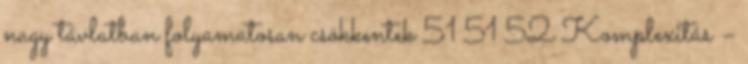
nagy távlatban folyamatosan csökkentek 51 51 52 Komplexitás –